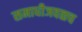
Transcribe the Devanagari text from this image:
समाधीजवळच